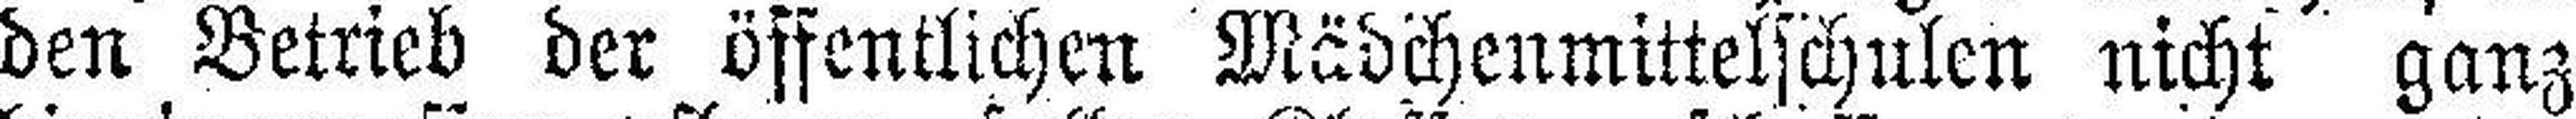
den Betrieb der öffentlichen Mädchenmittelschulen nicht ganz